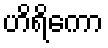
ဟိရိကော